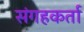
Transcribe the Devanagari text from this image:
संगहकर्ता